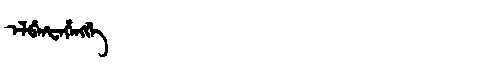
Manchu: ᡝᠯᠪᡝᠨᡶᡝᡥᡝᠩᡤᡝ
Romanization: ELBENFEHENGGE